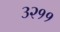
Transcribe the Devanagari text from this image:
३२११